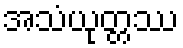
အသံယုတ္တဿ